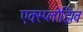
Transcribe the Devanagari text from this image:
एक्स्प्लोझिव